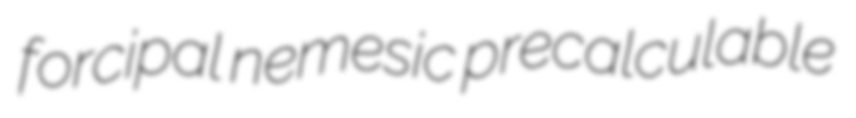
forcipal nemesic precalculable